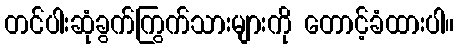
တင်ပါးဆုံခွက်ကြွက်သားများကို တောင့်ခံထားပါ။